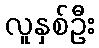
လူနှစ်ဦး